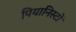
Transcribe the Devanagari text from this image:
पियानिस्टों